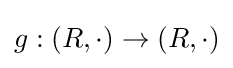
g:(R,\cdot )\to (R,\cdot )